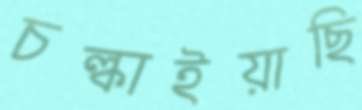
চল্‌কাইয়াছি